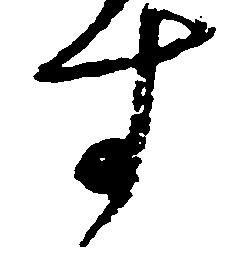
す